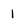
Character: i